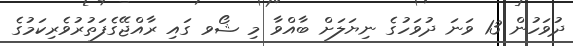
ދުވަހުން 13 ވަނަ ދުވަހުގެ ނިޔަލަށް ބާއްވާ މި ޝޯވ ގައި ރާއްޖޭގެފަތުރުވެރިކަމުގެ